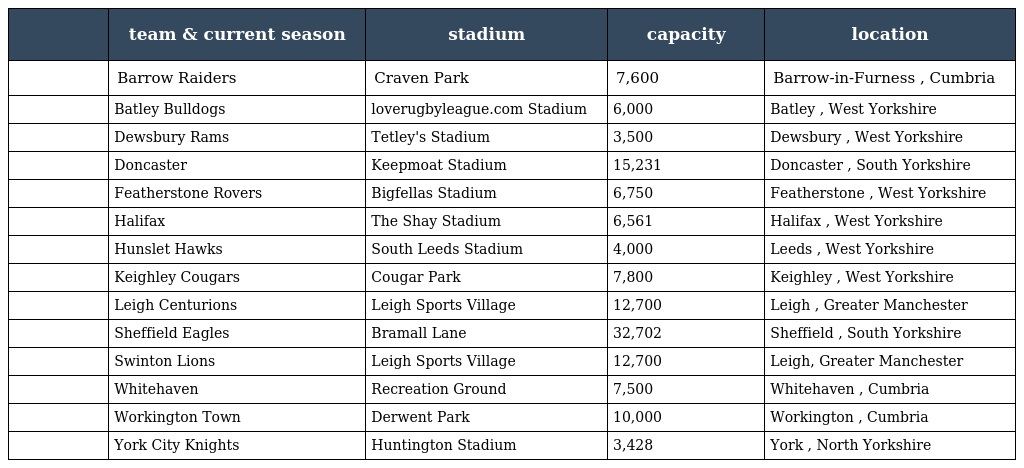
|  | team & current season | stadium | capacity | location |
 | --- | --- | --- | --- | --- |
 |  | Barrow Raiders | Craven Park | 7,600 | Barrow-in-Furness , Cumbria |
 |  | Batley Bulldogs | loverugbyleague.com Stadium | 6,000 | Batley , West Yorkshire |
 |  | Dewsbury Rams | Tetley's Stadium | 3,500 | Dewsbury , West Yorkshire |
 |  | Doncaster | Keepmoat Stadium | 15,231 | Doncaster , South Yorkshire |
 |  | Featherstone Rovers | Bigfellas Stadium | 6,750 | Featherstone , West Yorkshire |
 |  | Halifax | The Shay Stadium | 6,561 | Halifax , West Yorkshire |
 |  | Hunslet Hawks | South Leeds Stadium | 4,000 | Leeds , West Yorkshire |
 |  | Keighley Cougars | Cougar Park | 7,800 | Keighley , West Yorkshire |
 |  | Leigh Centurions | Leigh Sports Village | 12,700 | Leigh , Greater Manchester |
 |  | Sheffield Eagles | Bramall Lane | 32,702 | Sheffield , South Yorkshire |
 |  | Swinton Lions | Leigh Sports Village | 12,700 | Leigh, Greater Manchester |
 |  | Whitehaven | Recreation Ground | 7,500 | Whitehaven , Cumbria |
 |  | Workington Town | Derwent Park | 10,000 | Workington , Cumbria |
 |  | York City Knights | Huntington Stadium | 3,428 | York , North Yorkshire |